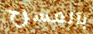
بالمسرح